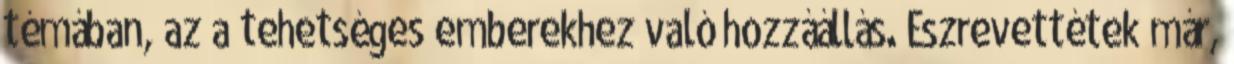
témában, az a tehetséges emberekhez való hozzáállás. Észrevettétek már,